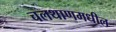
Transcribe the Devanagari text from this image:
चलथाणमधील